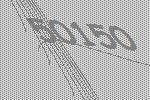
50150